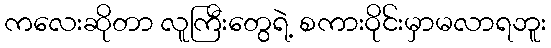
ကလေးဆိုတာ လူကြီးတွေရဲ့ စကားဝိုင်းမှာမလာရဘူး